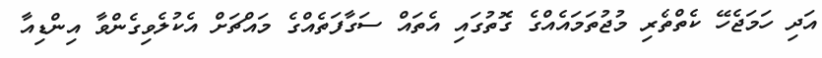
އަދި ހަމަޖެހޭ ކެތްތެރި މުޖުތަމައެއްގެ ގޮތުގައި އެތައް ސަގާފަތެއްގެ މައްޗަށް އެކުލެވިގެންވާ އިންޑިއާ